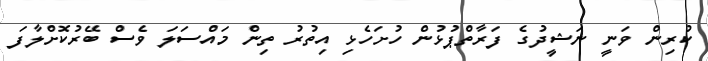
ކުރިން ވަނީ ނަޝީދުގެ ފަރާތްޕުޅުން ހުށަހެޅި އިތުރު ތިން މައްސަލަ ވެސް ބޭރުކޮށްލާފަ